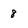
Character: 8